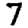
Digit: 7